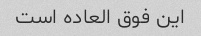
این فوق العاده است